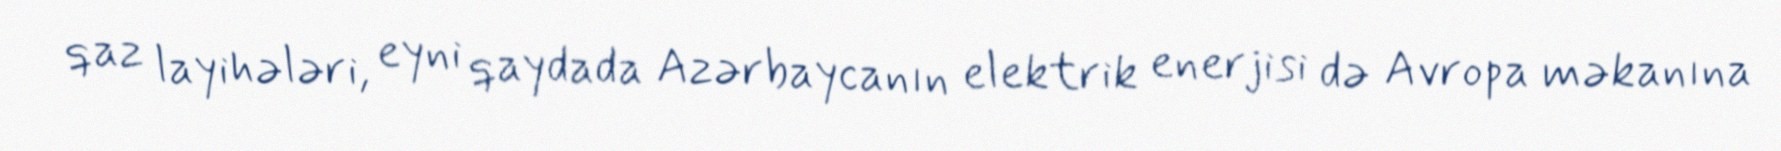
qaz layihələri, eyni qaydada Azərbaycanın elektrik enerjisi də Avropa məkanına